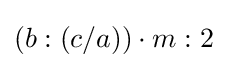
(b:(c/a))\cdot m:2